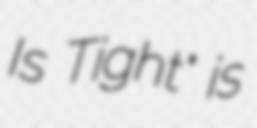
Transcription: Is Tight" is